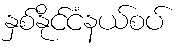
နှစ်နိုင်ငံနယ်စပ်